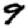
Digit: 9